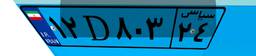
۱۲D۸۰۳۲۴